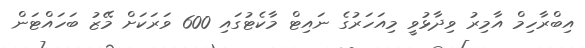
އިބްރާހިމް އާމިރު ވިދާޅުވީ މިއަހަރުގެ ނައިޓް މާކެޓުގައި 600 ވަރަކަށް މޭޒު ބަހައްޓަން